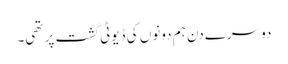
دوسرے دن ہم دونوں کی ڈیوٹی گشت پر تھی۔